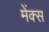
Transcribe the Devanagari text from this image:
मेंक्स